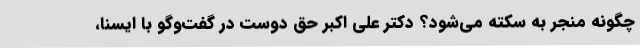
چگونه منجر به سکته می‌شود؟ دکتر علی اکبر حق دوست در گفت‌وگو با ایسنا،